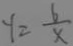
y = \frac { 6 } { x }